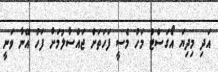
އަދި މިދިޔަ އޯގަސްޓް މަހު މެސީ ފަހަތަށް ޖައްސާލުމަށް ފަހު އޭނާ ވަނީ